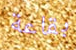
بقاعة